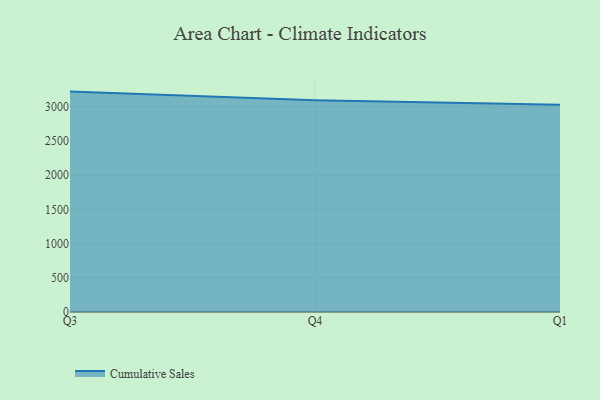
{"axis": {"x": "Quarter", "y": "Satisfaction Score"}, "legend": ["Cumulative Sales"], "data": [{"x": "Q3", "y": 3221.7, "type": "Cumulative Sales"}, {"x": "Q4", "y": 3094.0, "type": "Cumulative Sales"}, {"x": "Q1", "y": 3027.8, "type": "Cumulative Sales"}]}